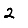
Digit: 2